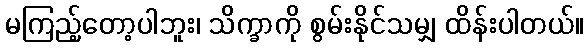
မကြည့်တော့ပါဘူး၊ သိက္ခာကို စွမ်းနိုင်သမျှ ထိန်းပါတယ်။